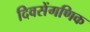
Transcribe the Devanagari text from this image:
दिवसेंगणिक